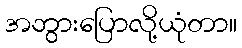
အဘွားပြောလို့ယုံတာ။